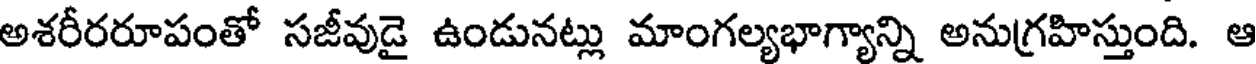
అశరీరరూపంతో సజీవుడై ఉండునట్లు మాంగల్యభాగ్యాన్ని అనుగ్రహిస్తుంది. ఆ